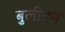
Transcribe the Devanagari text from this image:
बुलीयन